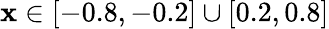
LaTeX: \mathbf{x}\in[-0.8,-0.2]\cup[0.2,0.8]